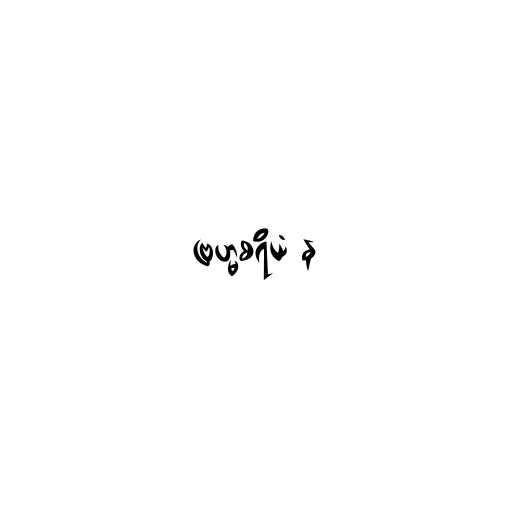
ဗြဟ္မစရိယံ န